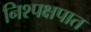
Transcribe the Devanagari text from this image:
निश्पक्षपात